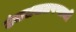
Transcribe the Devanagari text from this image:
उंचसखलपणाची